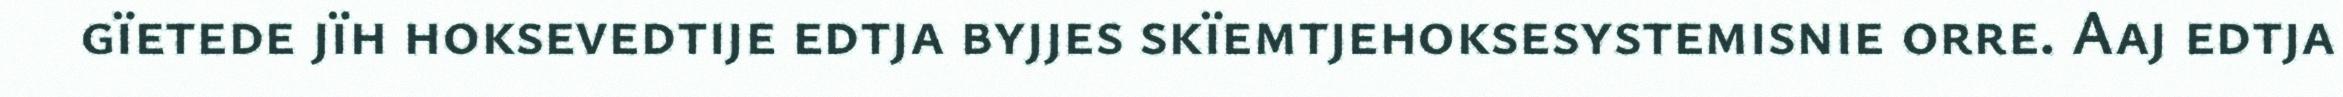
gïetede jïh hoksevedtije edtja byjjes skïemtjehoksesystemisnie orre. Aaj edtja